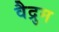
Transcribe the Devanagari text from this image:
वैद्रुम